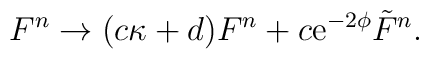
F^n \rightarrow (c\kappa+d) F^n+ c {\rm e}^{-2\phi} {\tilde F}^n.